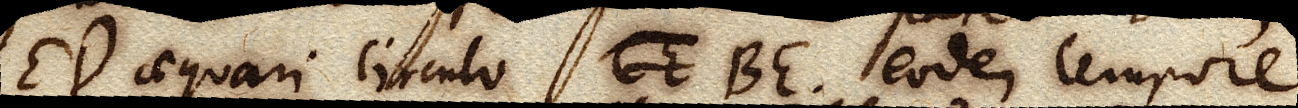
ED aequari circulo CE BE. eodem tempore